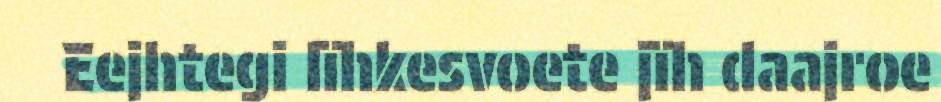
Eejhtegi lïhkesvoete jïh daajroe